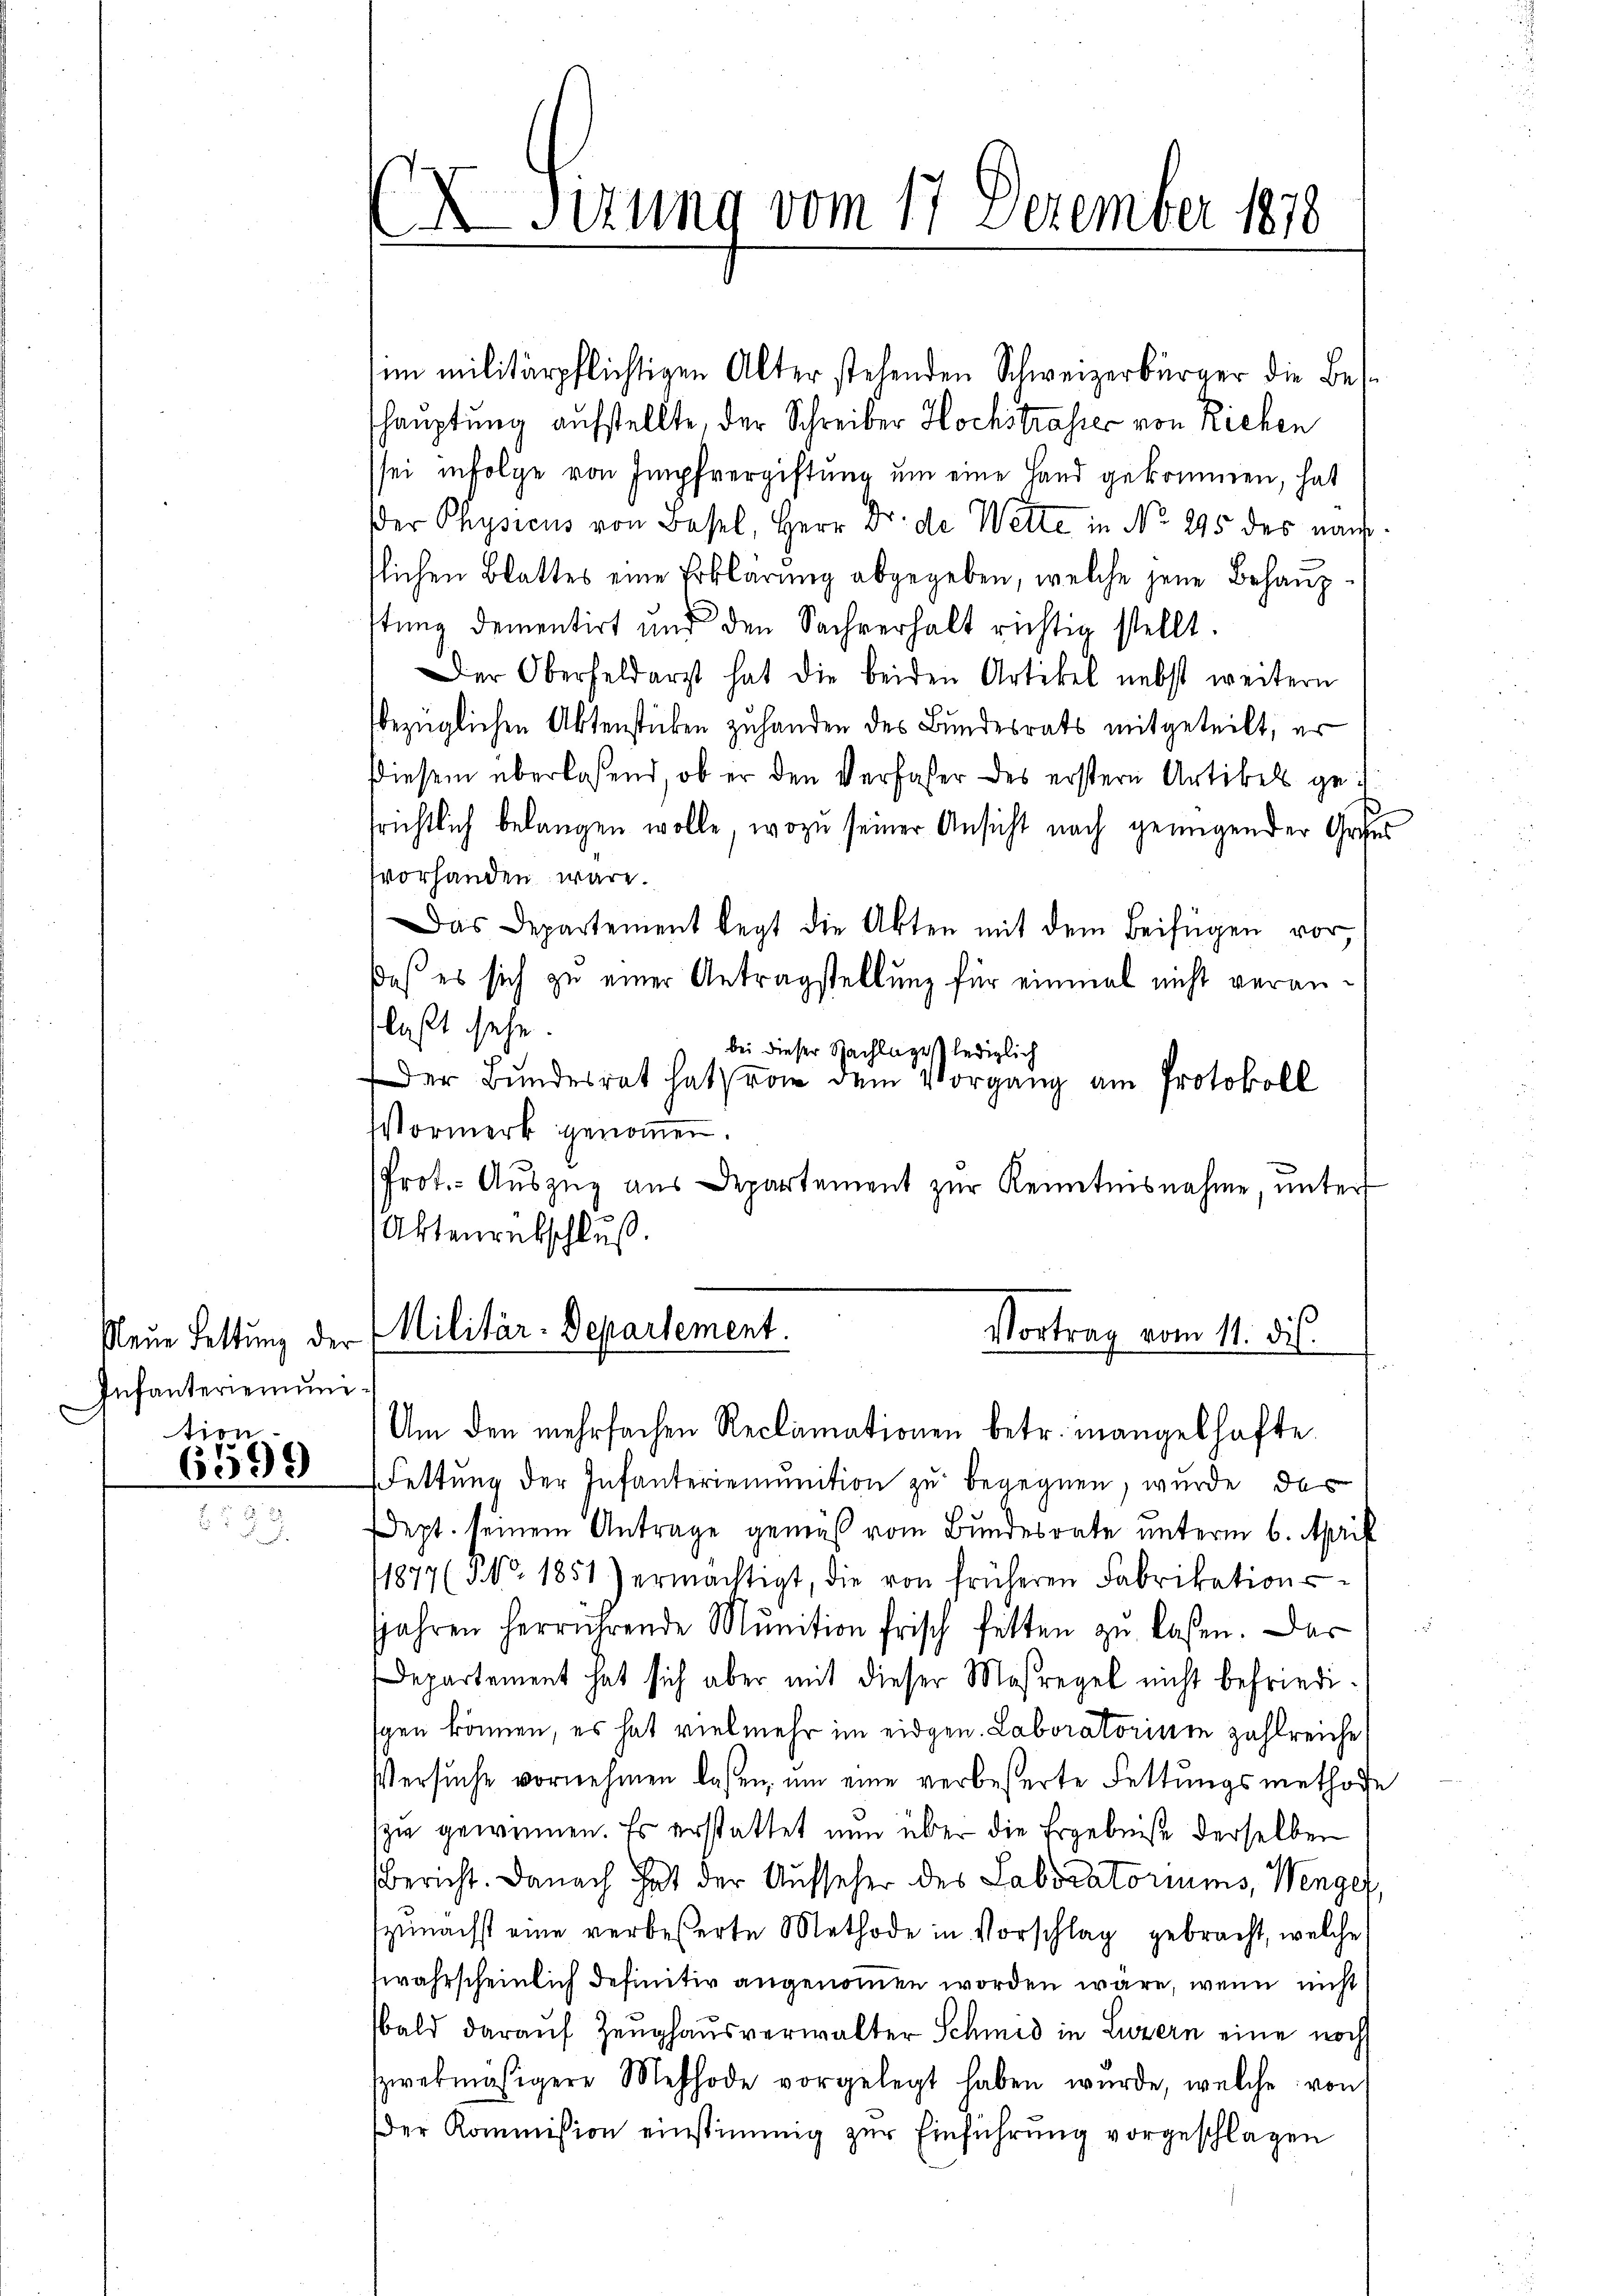
Neue Lettung der
Infanteriemŭni
tion

6599

shauptung aufstellte, der Schreiber Hochstrasser von Richen
sei infolge von Impfvergiftŭng ŭm eine Hand gekommen, hat
dder Physicus von Basel, Herr Dr. de Wette in No. 295 des nach
flichen Blattes eine Erklärung abgegeben, welche jene Behaupstung dementirt und den Sachverhalt richtig stellt.
Der Oberfeldarzt hat die beiden Artikel nebst weitern
bezüglichen Aktenstücken zuhanden des Bundesrats mitgeteilt, er
diesem überlassend, ob er den Verfaßer des erstern Artikels gesrichtlich belangen wolle, wozu seiner Ansicht nach genügender Gries
vorhanden wäre.
Das Departement legt die Akten mit dem Beifügen vor
daß es sich zu einer Antragstellung für einmal nicht veranlaßt sehe.
bei dieser Nachlage lediglich
Der Bundesrat hat von dem Vorgang am Protokoll
Vormerk genommen.
Prot.- Auszug aus Departement zur Kenntnisnahme, unter
Aktenretschluß.

X Sizung vom 17. Dezember 1810

im militärpflichtigen Alter stehenden Schweizerbürger die Bes¬

Am den mehrfachen Reclamationen betr. mangelhafte
ettung der Infanteriemunition zu begegnen, wurde das
Dept. seinem Antrage gemäß vom Bundesrate unterm 6. April
11877 (NNo. 1851) ermächtigt, die von früheren Fabrikations-
JJahren herrührende Munition frisch fetten zu laßen. Das
Departement hat sich aber mit dieser Maßregel nicht befriedi-
gen können, es hat vielmehr im eidgen. Laboratorium zahlreiche
Versuche vornehmen laßen, um eine verbeserte Fettungsmethode
zu gewinnen. Es erstattet nun über die Ergebniß derselben
Bericht. Danach hat der Aufseher des Laboratoriums, Wenges,
zunächst eine verbeserte Methode in Vorschlag gebracht, welche
wahrscheinlich definitiv angenommen worden wäre, wenn nicht
bald daraŭf Zeŭghaŭsverwalter Schmid in Luzern eine noch
zwekmäsigere Mehlhode vorgelegt haben wŭrde, welche von
der Kommission einstimmig zur Einführung vorgeschlagen

Militär-Departement.
Vortrag vom 11. dis